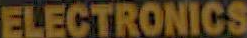
ELECTRONICS